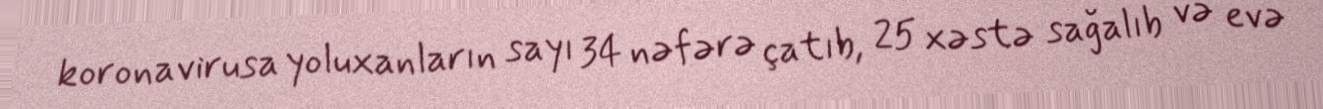
koronavirusa yoluxanların sayı 34 nəfərə çatıb, 25 xəstə sağalıb və evə